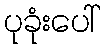
ပုခုံးပေါ်